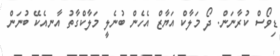
ޑިވޯސް ކުރާނަން. ދޯ މަލާކް އަޔާޒް އެހެން ބުނެލީ މަލާކްގާތު އާނއެކޭ ބުނަން